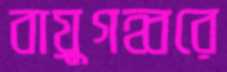
বায়ুগহ্বরে